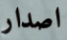
اصدار